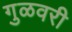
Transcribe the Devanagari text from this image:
गुळवरी